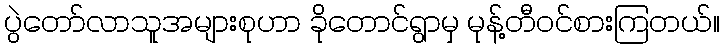
ပွဲတော်လာသူအများစုဟာ ခိုတောင်ရွာမှ မုန့်တီဝင်စားကြတယ်။